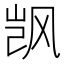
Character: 𬱼